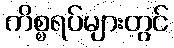
ကိစ္စရပ်များတွင်